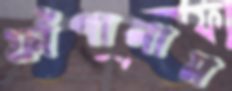
ফাঁপালাম